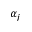
\alpha _ { j }